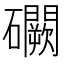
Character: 𥗮